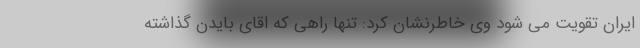
ایران تقویت می شود وی خاطرنشان کرد: تنها راهی که اقای بایدن گذاشته